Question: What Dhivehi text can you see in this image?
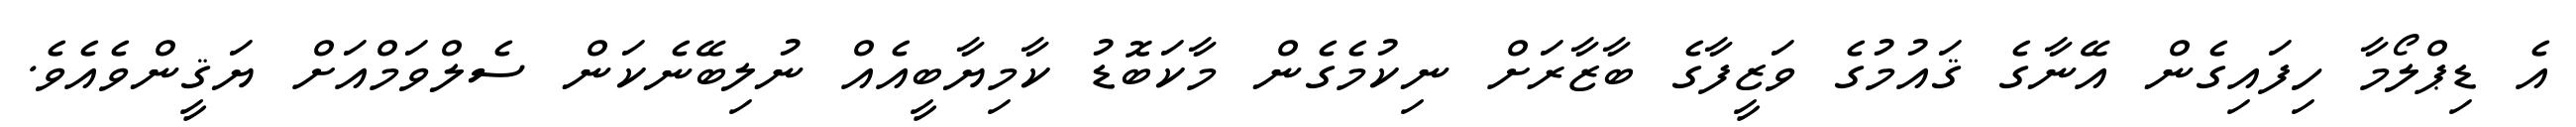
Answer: އެ ޑިޕްލޯމާ ހިފައިގެން އޭނާގެ ޤައުމުގެ ވަޒީފާގެ ބާޒާރަށް ނިކުމެގެން މާކަބޮޑު ކާމިޔާބީއެއް ނުލިބޭނެކަން ސެލްވަމްއަށް ޔަޤީންވެއެވެ.